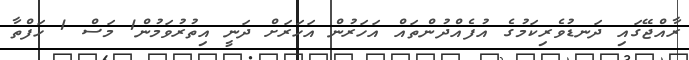
ރާއްޖޭގައި ދަނޑުވެރިކަމުގެ އުފެއްދުންތައް އަހަރުން އަހަރަށް ދަނީ އިތުރުވަމުން1 މަސް 1 ހަފްތާ